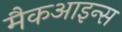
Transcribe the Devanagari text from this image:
मैकआइन्स